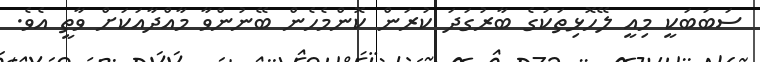
ސަބަބަކީ މިއީ ލޭހޮޅިތަކުގެ ބާރުގަދަ ކުރަން ކޮންމެހެން ބޭނުންވާ މާއްދާއަކަށް ވާތީ އެވެ.